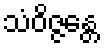
သံဝိဇ္ဇန္တေ